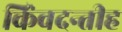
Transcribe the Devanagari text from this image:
किंवदन्तीह